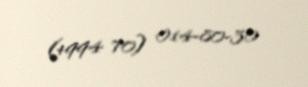
(+994 70) 014-80-30